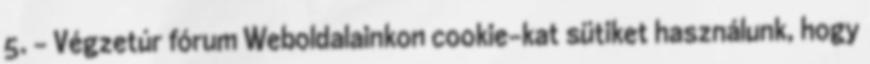
5. - Végzetúr fórum Weboldalainkon cookie-kat sütiket használunk, hogy